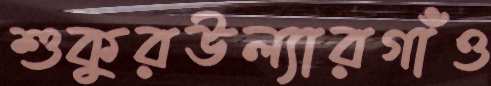
শুকুরউল্যারগাঁও